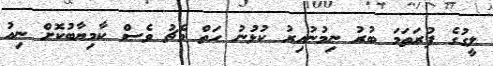
ލީގުގެ ފުރަތަމަ ބުރު ނިމުނުއިރު ކުޅުނު ހަތް މެޗު ވެސް ކާމިޔާބުކޮށް ނިއު